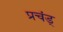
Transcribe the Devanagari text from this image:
प्रचंड्